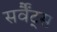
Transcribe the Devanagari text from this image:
सर्वैंट्स